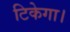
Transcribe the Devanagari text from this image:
टिकेगा।